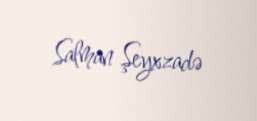
Salman Şeyxzadə